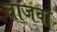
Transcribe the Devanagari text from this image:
ताजवा